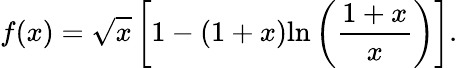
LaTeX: f(x)=\sqrt{x}\left[1-\left(1+x\right)\mathrm{ln}\left(\frac{1+x}{x}\right)\right].